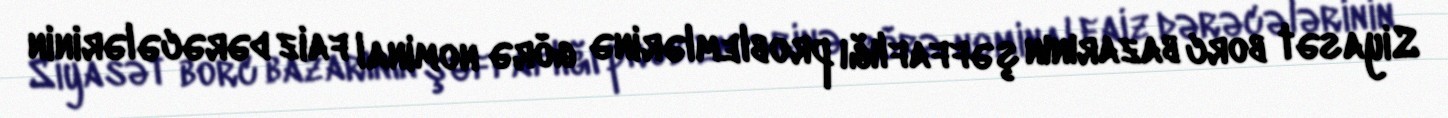
Siyasət borc bazarının şəffaflığı problemlərinə görə nominal faiz dərəcələrinin